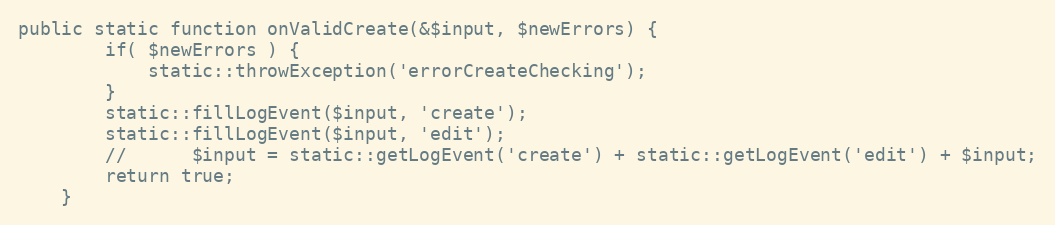
Language: PHP
public static function onValidCreate(&$input, $newErrors) {
		if( $newErrors ) {
			static::throwException('errorCreateChecking');
		}
		static::fillLogEvent($input, 'create');
		static::fillLogEvent($input, 'edit');
		// 		$input = static::getLogEvent('create') + static::getLogEvent('edit') + $input;
		return true;
	}